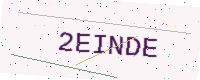
Text: 2EINDE